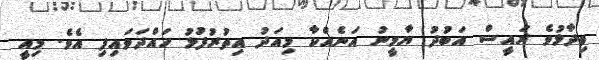
ވިދާޅުވެ ރައީސް އަބުދު ޔާމީނު އަނެއްކާ މިއަދު އިތުރުފުޅު ހައްދަވައިފި އެވެ. މިއީ